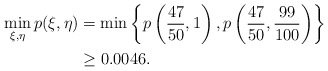
\begin{align*} \min_{\xi, \eta} p(\xi, \eta)& = \min\left\{p\left(\frac{47}{50}, 1\right), p\left(\frac{47}{50}, \frac{99}{100}\right)\right\}\\ &\ge 0.0046.\end{align*}